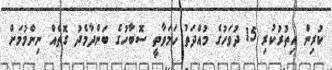
ކުރިން އިތުރުކުރި 15 ދުވަހުގެ މުއްދަތު ހަމަވާތީ ސޮބާހުގެ ބަންދާމެދު ގޮތެއް ނިންމުމަށް